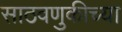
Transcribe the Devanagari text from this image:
साठवणुकीच्या